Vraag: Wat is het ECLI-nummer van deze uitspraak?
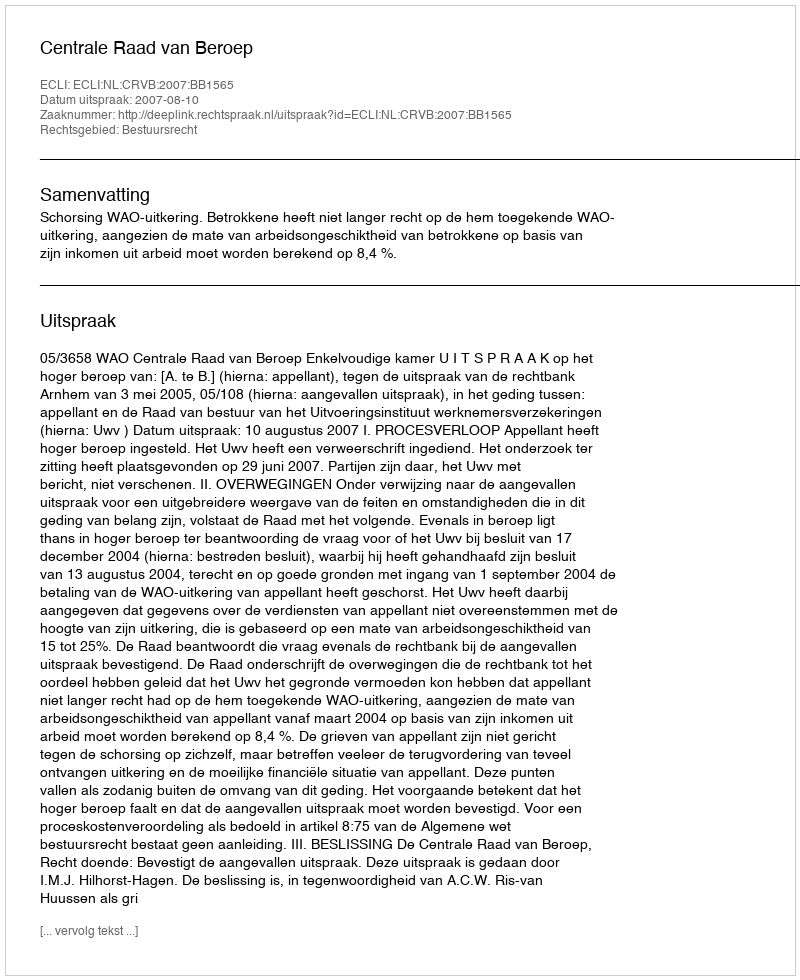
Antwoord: ECLI:NL:CRVB:2007:BB1565